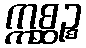
ဣစ္ဆဉ္စ